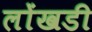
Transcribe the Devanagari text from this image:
लोंखडी